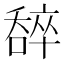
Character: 𠾹